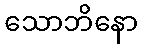
သောဘိနော